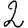
Digit: 2